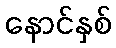
နောင်နှစ်